Report on sanitation, dispensaries, and jails in Rajputana for 1914, and on vaccination for the year 1914-1915 - 1914-1915
Year: 1914
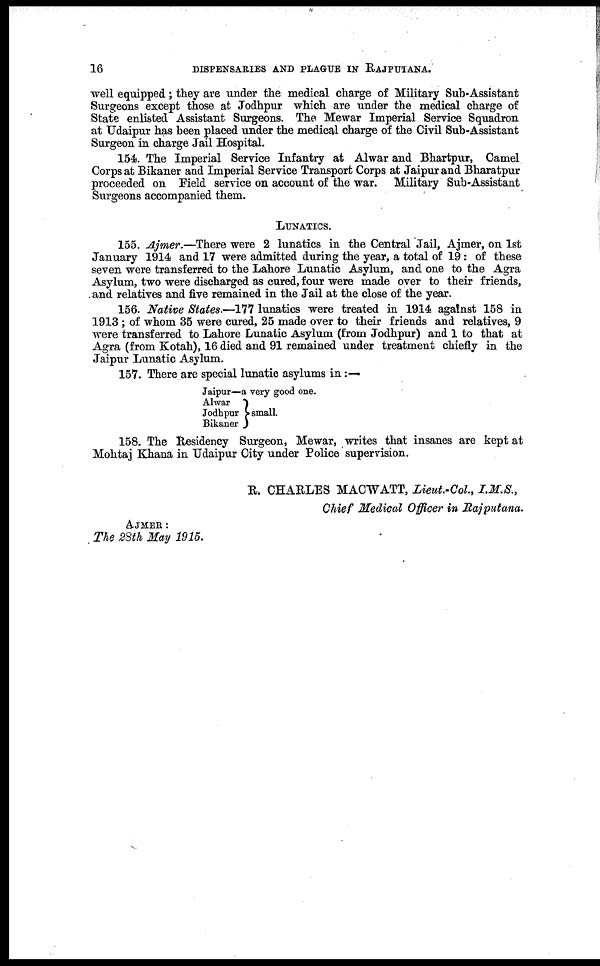
16
DISPENSARIES AND PLAGUE IN RAJPUTANA.
well equipped; they are under the medical charge of Military Sub-Assistant
Surgeons except those at Jodhpur which are under the medical charge of
State enlisted Assistant Surgeons. The Mewar Imperial Service Squadron
at Udaipur has been placed under the medical charge of the Civil Sub-Assistant
Surgeon in charge Jail Hospital.
154. The Imperial Service Infantry at Alwar and Bhartpur, Camel
Corps at Bikaner and Imperial Service Transport Corps at Jaipur and Bharatpur
proceeded on Field service on account of the war. Military Sub-Assistant
Surgeons accompanied them.
LUNATICS.
155. Ajmer.—There were 2 lunatics in the Central Jail, Ajmer, on 1st
January 1914 and 17 were admitted during the year, a total of 19: of these
seven were transferred to the Lahore Lunatic Asylum, and one to the Agra
Asylum, two were discharged as cured, four were made over to their friends,
and relatives and five remained in the Jail at the close of the year.
156. Native States.—177 lunatics were treated in 1914 against 158 in
1913 ; of whom 35 were cured, 25 made over to their friends and relatives, 9
were transferred to Lahore Lunatic Asylum (from Jodhpur) and 1 to that at
Agra (from Kotah), 16 died and 91 remained under treatment chiefly in the
Jaipur Lunatic Asylum.
157. There are special lunatic asylums in :—
Jaipur—
Alwar
Jodhpur
Bikaner
a very good one.
small.
158. The Residency Surgeon, Mewar, writes that insanes are kept at
Mohtaj Khana in Udaipur City under Police supervision.
AJMER:
The 28th May 1915.
R. CHARLES MACWATT, Lieut.-Col., I.M.S.,
Chief Medical Officer in Rajputana.